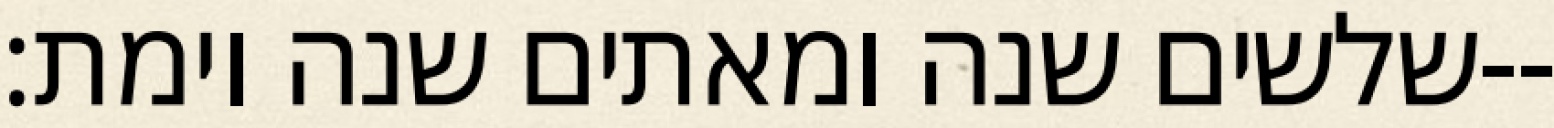
שלשים שנה ומאתים שנה וימת׃--